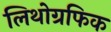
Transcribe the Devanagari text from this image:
लिथोग्रफिक